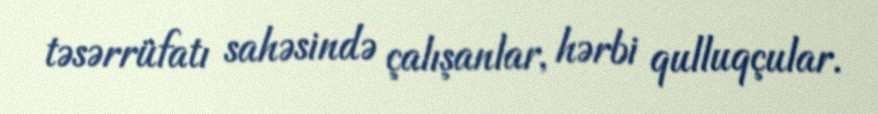
təsərrüfatı sahəsində çalışanlar, hərbi qulluqçular.